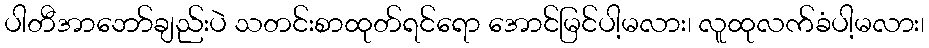
ပါတီအာဘော်ချည်းပဲ သတင်းစာထုတ်ရင်ရော အောင်မြင်ပါ့မလား၊ လူထုလက်ခံပါ့မလား၊